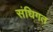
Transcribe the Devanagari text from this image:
संधिगत